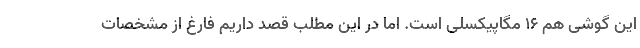
این گوشی هم 16 مگاپیکسلی است. اما در این مطلب قصد داریم فارغ از مشخصات